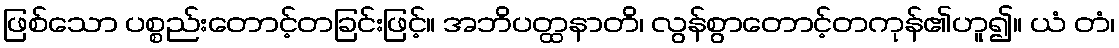
ဖြစ်သော ပစ္စည်းတောင့်တခြင်းဖြင့်။ အဘိပတ္ထနာတိ၊ လွန်စွာတောင့်တကုန်၏ဟူ၍။ ယံ တံ၊